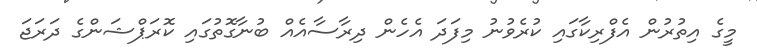
މީގެ އިތުރުން އެފްރިކާގައި ކުރެވުނު މިފަދަ އެހެން ދިރާސާއެއް ބުނާގޮތުގައި ކޮރަޕްޝަންގެ ދަރަޖަ